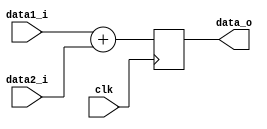
//============================================================================//
//                                                                            //
//      Parameterize adder                                                    //
//                                                                            //
//      Module name: adder                                                    //
//      Desc: parameterized asyncronous adder module                          //
//      Developer: Wesley New                                                 //
//      Licence: GNU General Public License ver 3                             //
//      Notes:                                                                //
//                                                                            //
//============================================================================//

module adder #(
      
      //=============================
      // Top level block parameters
      //=============================
      parameter SIGNED       =  1,  // signed number or not 
      parameter DATA_WIDTH_1 = 16,  // number of input bits for input 1 
      parameter DATA_WIDTH_2 = 16   // number of input bits for input 2
   ) (
      //==============
      // Input Ports
      //==============
      input                           clk,
      `ifdef SIGNED
      input signed [DATA_WIDTH_1-1:0] data1_i,
      input signed [DATA_WIDTH_2-1:0] data2_i,
      `else
      input        [DATA_WIDTH_1-1:0] data1_i,
      input        [DATA_WIDTH_2-1:0] data2_i,
      `endif

      //===============
      // Output Ports
      //===============
      `ifdef DATA_WIDTH_1 > DATA_WIDTH_2
         `ifdef SIGNED
         output reg signed [DATA_WIDTH_1:0] data_o
         `else 
         output reg        [DATA_WIDTH_1:0] data_o
         `endif
      `else
         `ifdef SIGNED
         output reg signed [DATA_WIDTH_2:0] data_o
         `else 
         output reg        [DATA_WIDTH_2:0] data_o
         `endif
      `endif
   );
   
   //=================
   // Addition Logic
   //=================
   always @ (posedge clk) begin
      data_o <= data1_i + data2_i;
   end
   
endmodule